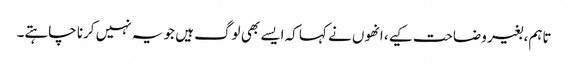
تاہم، بغیر وضاحت کیے، انھوں نے کہا کہ ایسے بھی لوگ ہیں جو یہ نہیں کرنا چاہتے۔